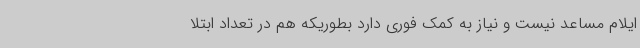
ایلام مساعد نیست و نیاز به کمک فوری دارد بطوریکه هم در تعداد ابتلا